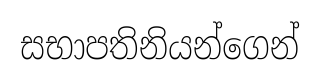
සභාපතිනියන්ගෙන්